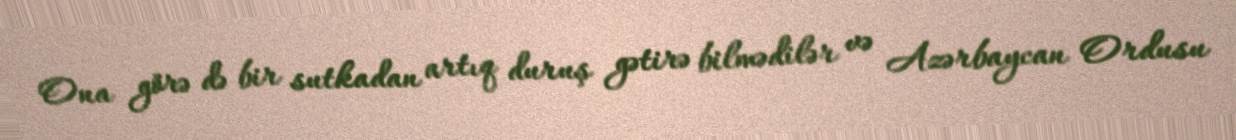
Ona görə də bir sutkadan artıq duruş gətirə bilmədilər və Azərbaycan Ordusu